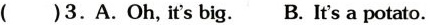
( )3.A.Oh, it's big. B. It's a potato.